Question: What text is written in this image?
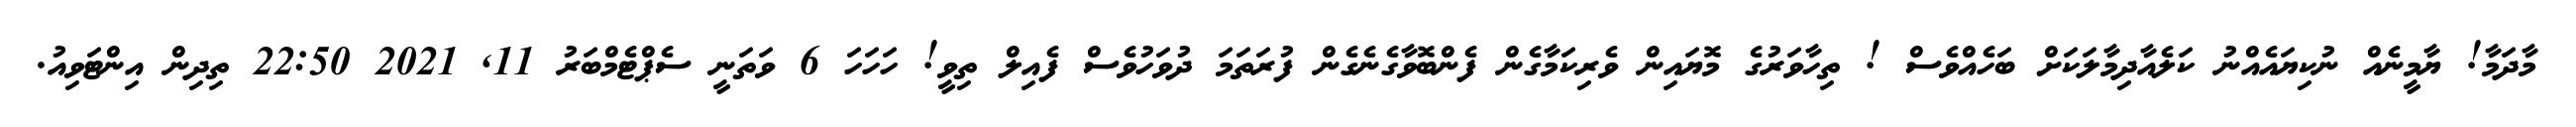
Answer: މާދަމާ! ޔާމީނެއް ނުކިޔައެއްނު ކަލެއާދިމާލަކަށް ބަހެއްވެސް ! ތިހާވަރުގެ މޮޔައިން ވެރިކަމާގެން ފެންބޮވާގެނެގެން ފުރަތަމަ ދުވަހުވެސް ފެއިލް ތިވީ! ހަހަހަ 6 ވަތަނީ ސެޕްޓެމްބަރު 11, 2021 22:50 ތިދިން އިންޓަވިއު.